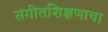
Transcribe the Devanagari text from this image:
संगीतशिक्षणाचा